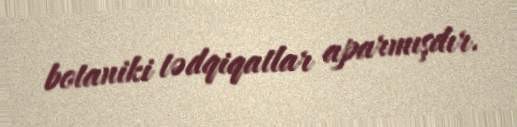
botaniki tədqiqatlar aparmışdır.